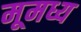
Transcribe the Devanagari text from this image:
मूमध्य